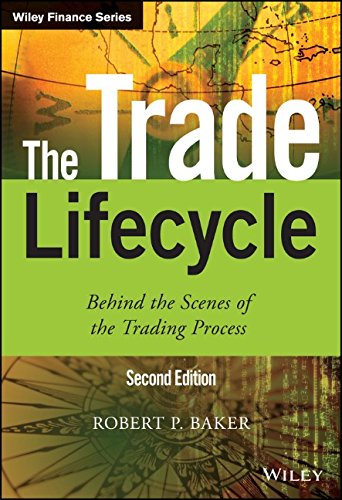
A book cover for The Trade Lifecycle: Behind the Scenes of the Trading Process (The Wiley Finance Series); Robert P. Baker; Business & Money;